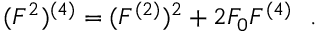
( F ^ { 2 } ) ^ { ( 4 ) } = ( F ^ { ( 2 ) } ) ^ { 2 } + 2 F _ { 0 } F ^ { ( 4 ) } \ \ .